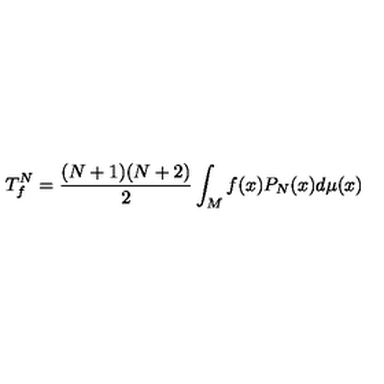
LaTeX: T _ { f } ^ { N } = \frac { ( N + 1 ) ( N + 2 ) } { 2 } \int _ { M } f ( x ) P _ { N } ( x ) d \mu ( x )